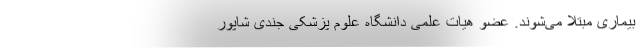
بیماری مبتلا می‌شوند. عضو هیات علمی دانشگاه علوم پزشکی جندی شاپور